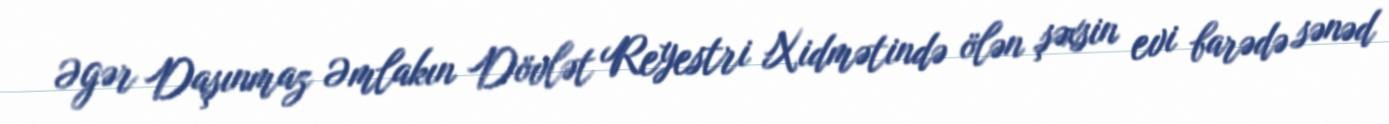
Əgər Daşınmaz Əmlakın Dövlət Reyestri Xidmətində ölən şəxsin evi barədə sənəd